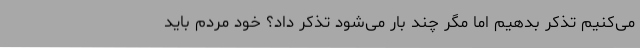
می‌کنیم تذکر بدهیم اما مگر چند بار می‌شود تذکر داد؟ خود مردم باید